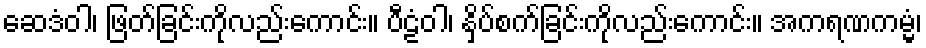
ဆေဒံဝါ၊ ဖြတ်ခြင်းကိုလည်းကောင်း။ ပီဠံဝါ၊ နှိပ်စက်ခြင်းကိုလည်းကောင်း။ အကရဏကမ္မံ၊